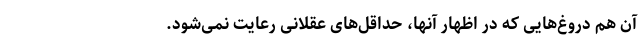
آن هم دروغ‌هایی که در اظهار آنها، حداقل‌های عقلانی رعایت نمی‌شود.